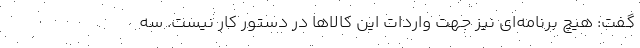
گفت: هیچ برنامه‌ای نیز جهت واردات این کالاها در دستور کار نیست. سه